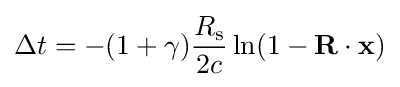
\Delta t=-(1+\gamma ){\frac {R_{\text{s}}}{2c}}\ln(1-\mathbf {R} \cdot \mathbf {x} )